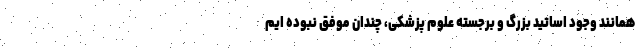
همانند وجود اساتید بزرگ و برجسته علوم پزشکی، چندان موفق نبوده ایم